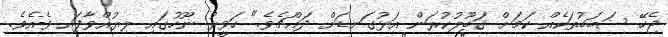
ޖެހޭ ސަބަބުތަކެއް ކަމަށް ޤަބޫލުކުރަން އަޅުގަނޑަށް ދައްޗެވެ." ހަވީރު ނޫހުގައި ލިޔުއްވާފައި ވެއެވެ.